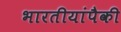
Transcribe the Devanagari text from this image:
भारतीयांपैकी